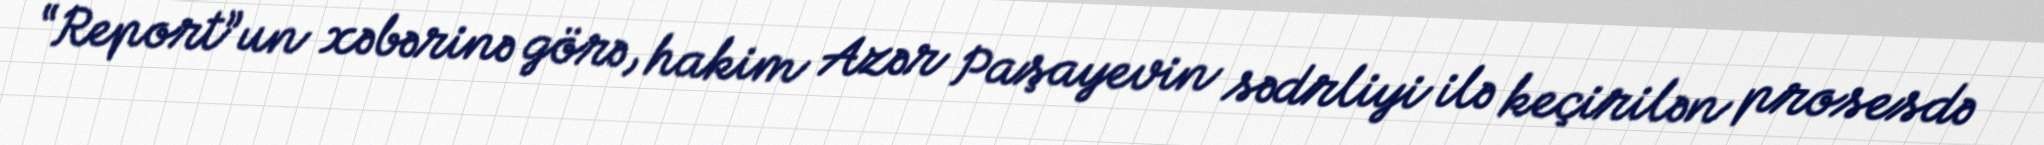
“Report”un xəbərinə görə, hakim Azər Paşayevin sədrliyi ilə keçirilən prosesdə